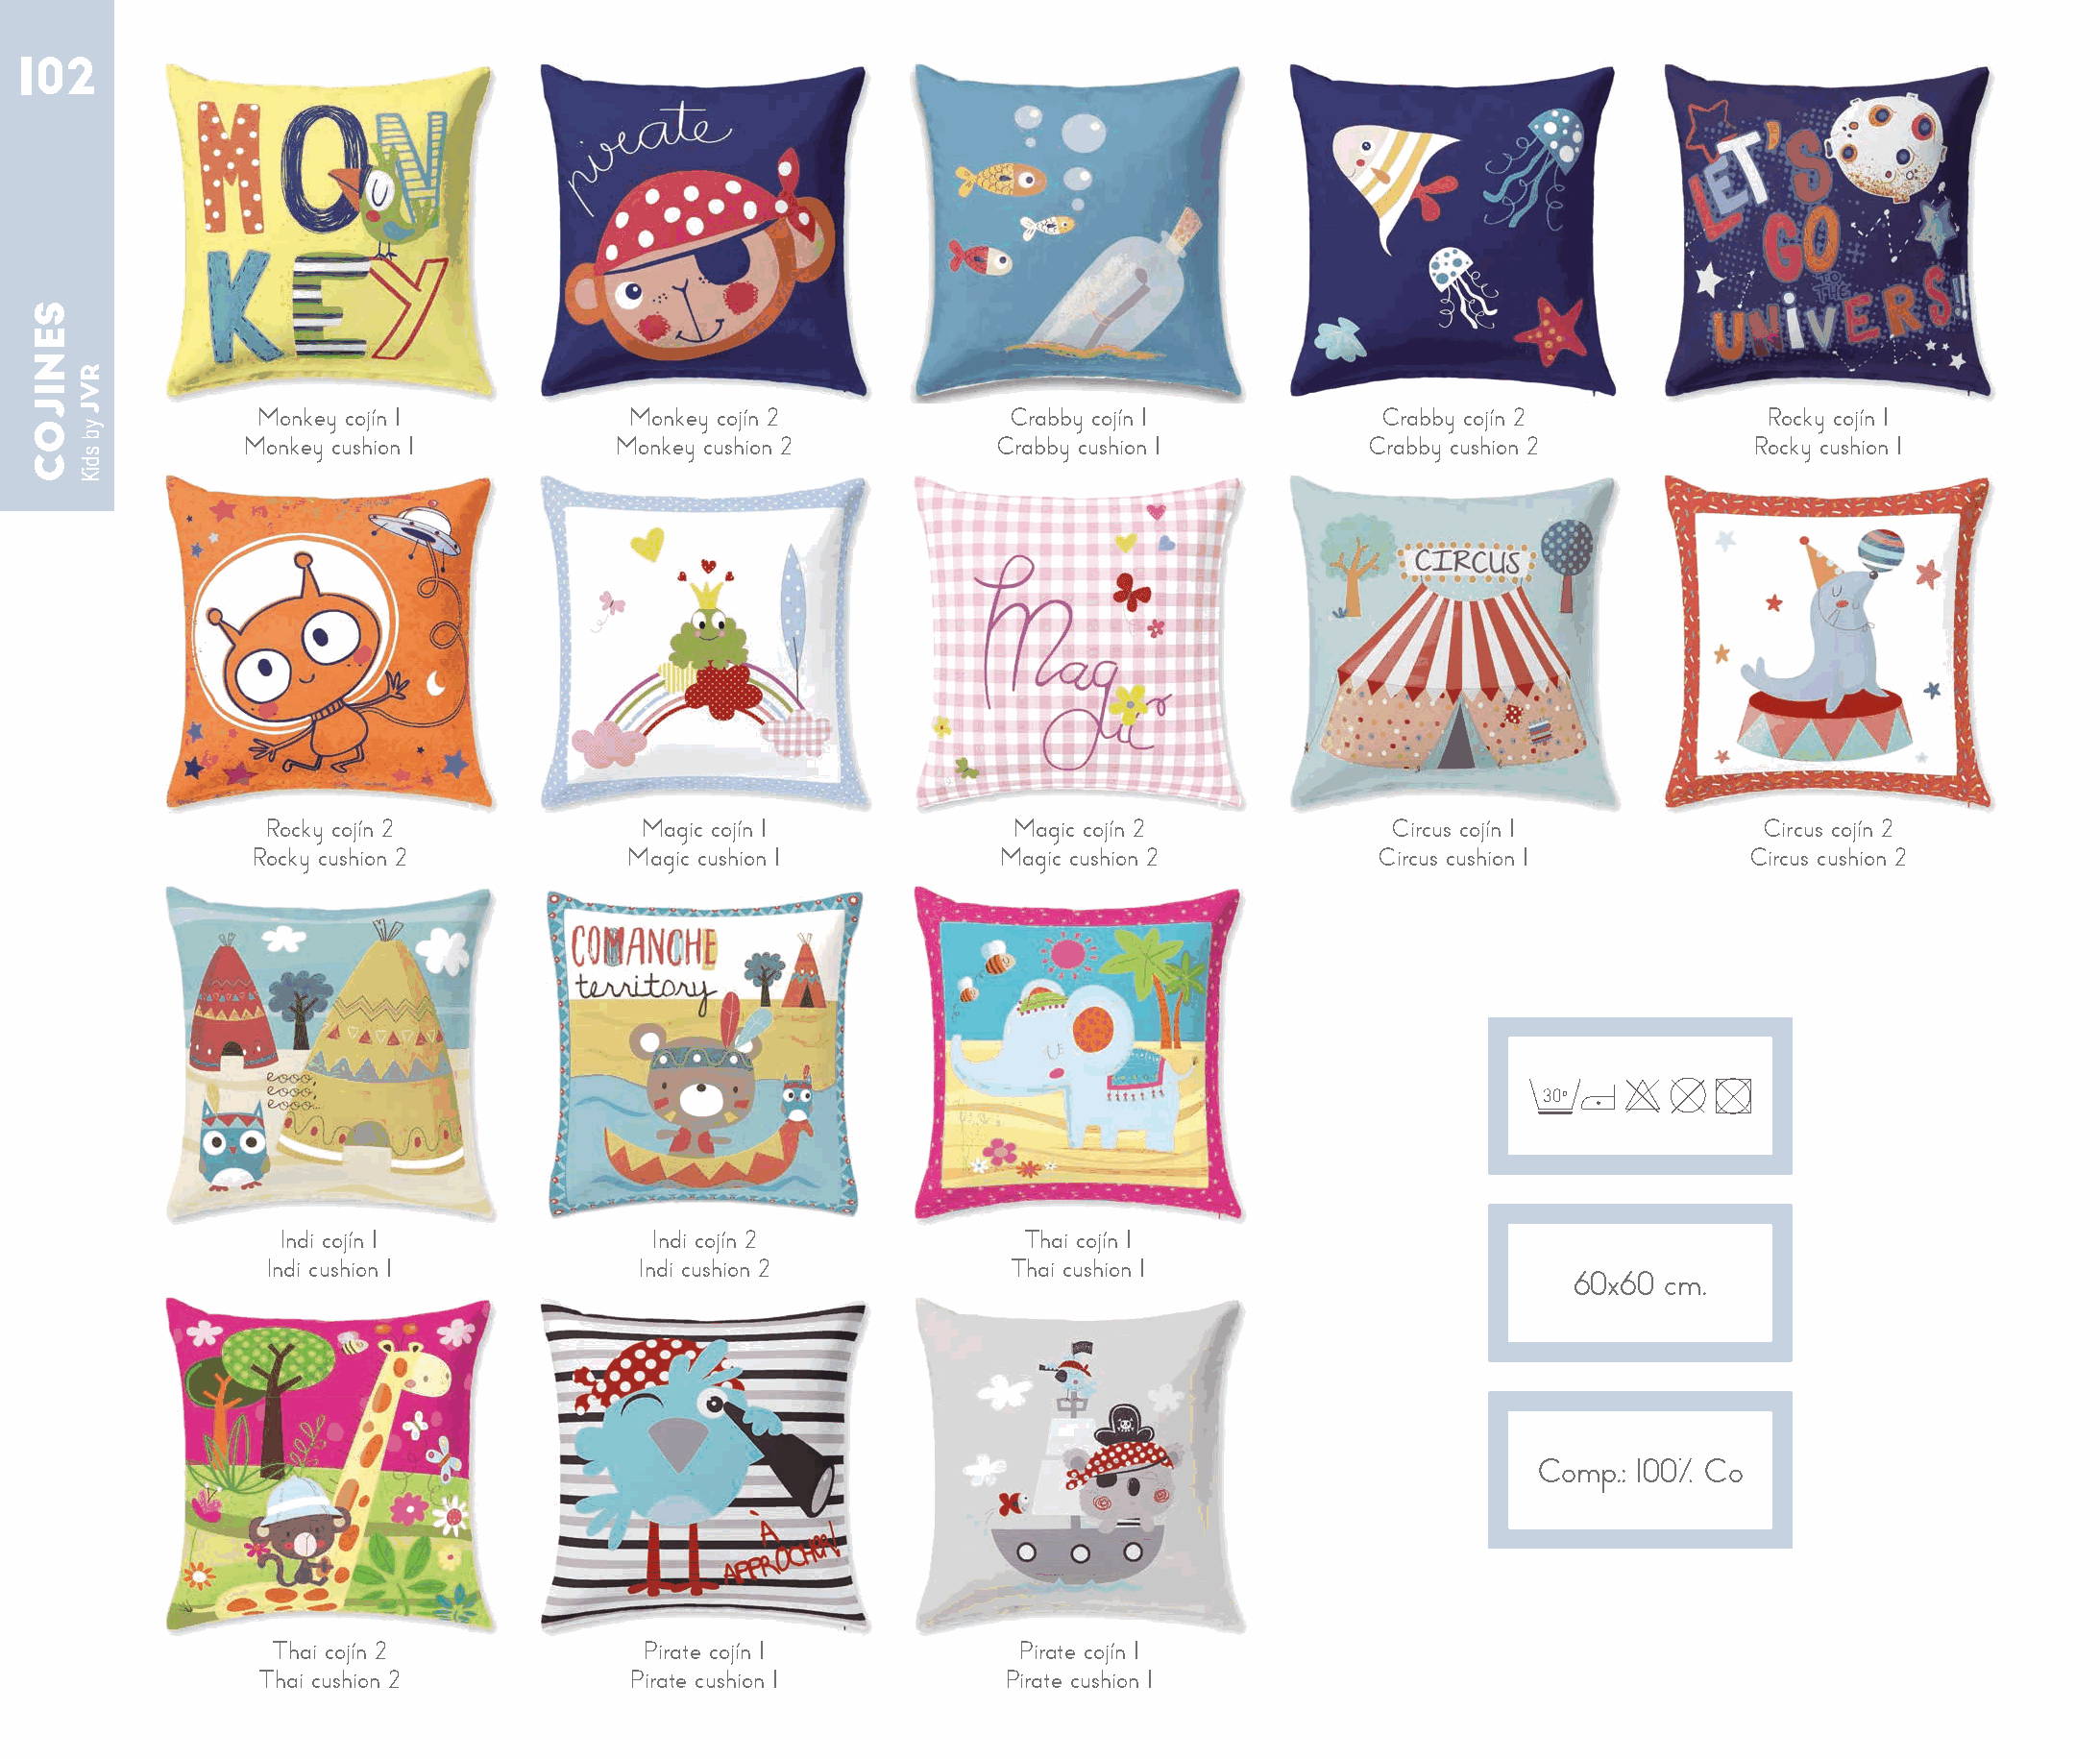
102
 Monkey cojín 1           Monkey cojín 2             Crabby cojín 1           Crabby cojín 2             Rocky cojín 1
 Monkey cushion 1         Monkey cushion 2           Crabby cushion 1         Crabby cushion 2           Rocky cushion 1
 Rocky cojín 2             Magic cojín 1             Magic cojín 2             Circus cojín 1           Circus cojín 2
 Rocky cushion 2           Magic cushion 1           Magic cushion 2           Circus cushion 1         Circus cushion 2
 30o
 Indi cojín 1              Indi cojín 2              Thai cojín 1
 Indi cushion 1            Indi cushion 2            Thai cushion 1
 60x60  cm.
 Comp.: 100% Co
 Thai cojín 2             Pirate cojín 1            Pirate cojín 1
 Thai cushion 2           Pirate cushion 1          Pirate cushion 1
 SENIJOC
 RVJ
 yb
 sdiK